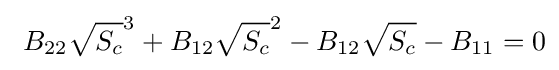
\ B_{22}{\sqrt {S_{c}}}^{3}+B_{12}{\sqrt {S_{c}}}^{2}-B_{12}{\sqrt {S_{c}}}-B_{11}=0